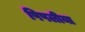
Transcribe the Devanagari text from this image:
पिपलीया